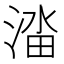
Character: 𬈔